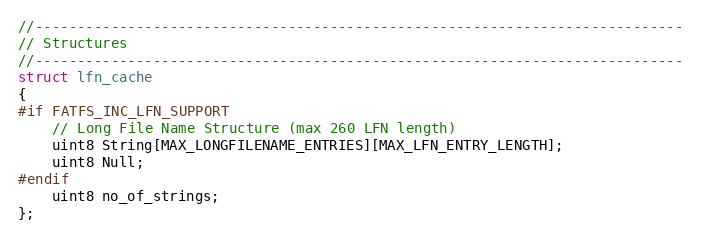
Language: C
//-----------------------------------------------------------------------------
// Structures
//-----------------------------------------------------------------------------
struct lfn_cache
{
#if FATFS_INC_LFN_SUPPORT
    // Long File Name Structure (max 260 LFN length)
    uint8 String[MAX_LONGFILENAME_ENTRIES][MAX_LFN_ENTRY_LENGTH];
    uint8 Null;
#endif
    uint8 no_of_strings;
};